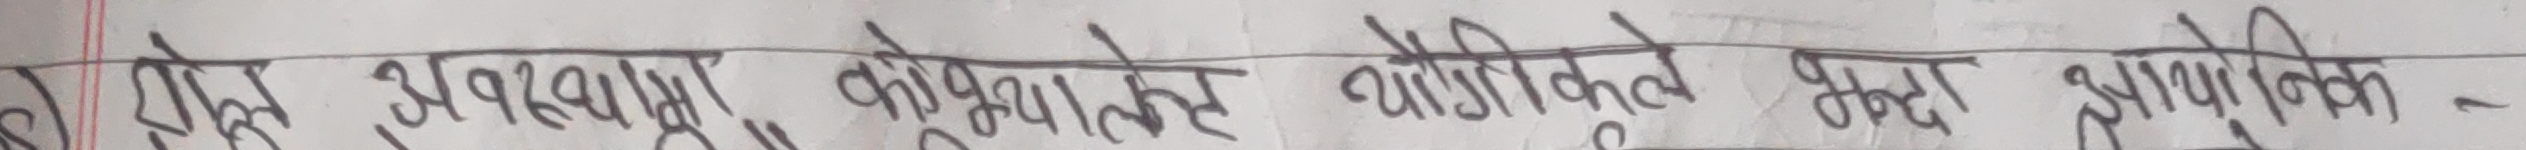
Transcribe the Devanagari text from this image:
रुपले अवस्था कोभुमाले योजिकले मृदा ह्यापुनिक -